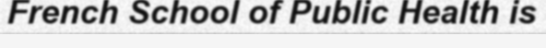
French School of Public Health is